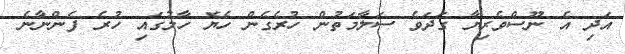
އަދި އެ ނޫސްވެރިޔާ ގަދަވެ ސަލާމަތުން ހުރެގެން ހެޔޮ ހާލުގައި ހުރެ ފެންނާނެ